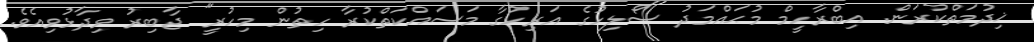
ޚިދުމަތްކުރަން. އިބްރާހީމް މުޙައްމަދު ސޯލިހުގެ އަރިހުގާ މަސައްކަތްކުރާ ހިތުން މިހުރީ" ޖާބިރު ވިދާޅުވިއެވެ.